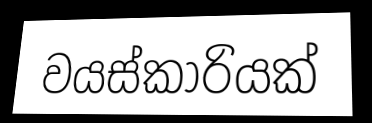
වයස්කාරියක්